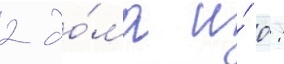
2 до́ма и́ 0: